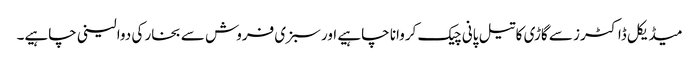
میڈیکل ڈاکٹرز سے گاڑی کا تیل پانی چیک کروانا چاہیے اور سبزی فروش سے بخار کی دوا لینی چاہیے۔